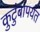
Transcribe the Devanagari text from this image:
कुटुंबांपर्यंत